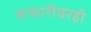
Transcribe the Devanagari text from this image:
सफारीवरही